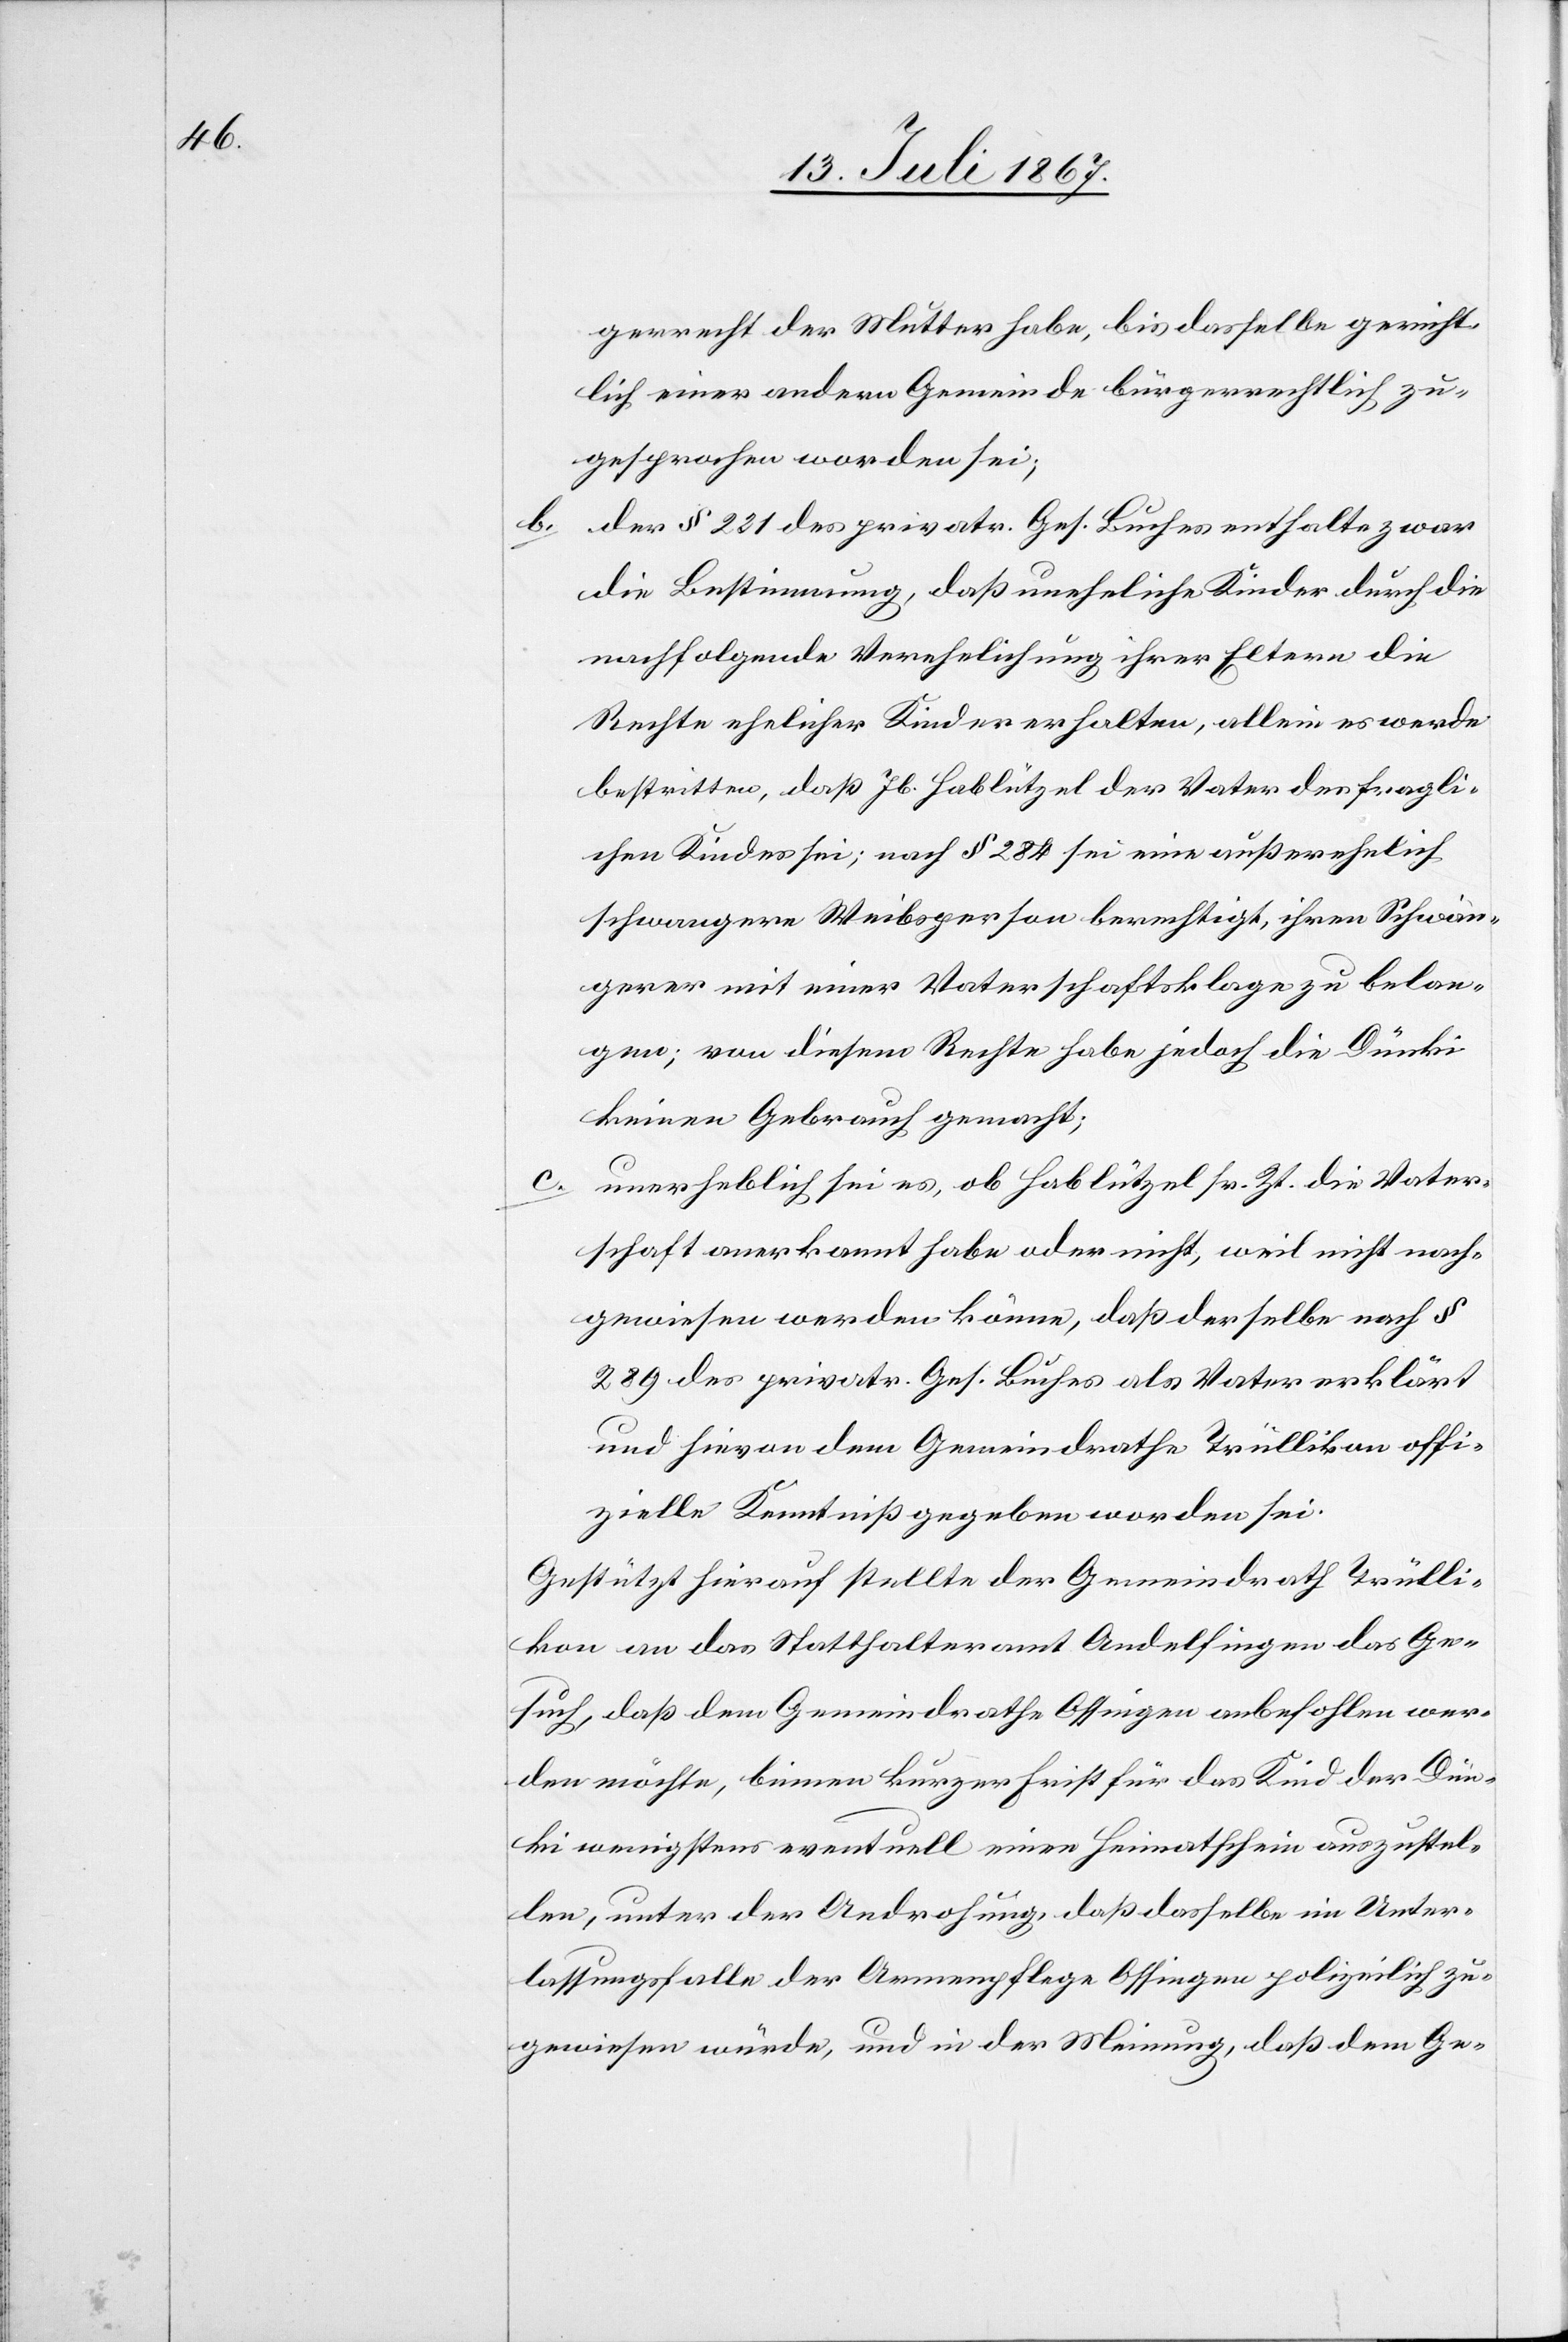
b.

gerrecht der Mutter habe, bis dasselbe gericht¬
lich einer andern Gemeinde bürgerrechtlich zu¬
gesprochen worden sei;
der § 221 des privatr. Ges. Buches enthalte zwar
die Bestimmung, daß uneheliche Kinder durch die
nachfolgende Verehelichung ihrer Eltern die
Rechte ehelicher Kinder erhalten, allein es werde
bestritten, daß Jb. Hablützel der Vater des fragli¬
chen Kindes sei; nach § 284 sei eine außerehelich
schwangere Weibsperson berechtigt, ihren Schwän¬
gerer mit einer Vaterschaftsklage zu belan¬
gen; von diesem Rechte habe jedoch die Dünki
keinen Gebrauch gemacht;
c.
unerheblich sei es, ob Hablützel sr. Zt. die Vater¬
schaft anerkannt habe oder nicht, weil nicht nach¬
gewiesen werden könne, daß derselbe nach §
289 des privatr. Ges. Buches als Vater erklärt
und hievon dem Gemeindrathe Trüllikon offi¬
zielle Kenntniß gegeben worden sei.
Gestützt hierauf stellt der Gemeindrath Trülli¬
kon an das Statthalteramt Andelfingen das Ge¬
such, daß dem Gemeindrathe Ossingen anbefohlen wer¬
den möchte, binnen kurzer Frist für das Kind der Dün¬
ki wenigstens eventuell einen Heimatschein auszustel¬
len, unter der Androhung, daß dasselbe im Unter¬
lassungsfalle der Armenpflege Ossingen polizeilich zu¬
gewiesen würde, und in der Meinung, daß dem Ge-